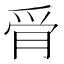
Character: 𰟿